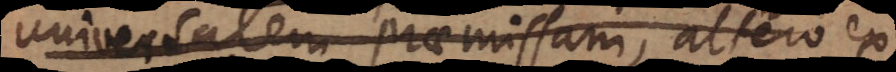
universalem praemissam, altero ex